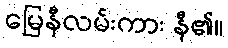
မြေနီလမ်းကား နီ၏။